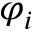
\varphi _ { i }